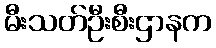
မီးသတ်ဦးစီးဌာနက